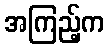
အကြည့်က